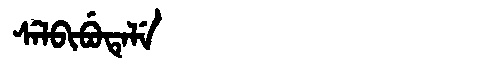
Manchu: ᠰᡝᠯᠪᡳᠪᡠᡨᡝᠯᡝ
Romanization: SELBIBUTELE